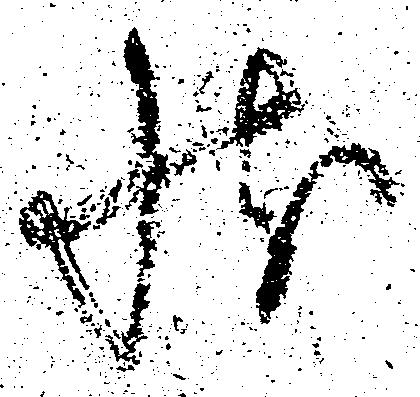
状